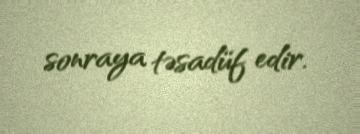
sonraya təsadüf edir.